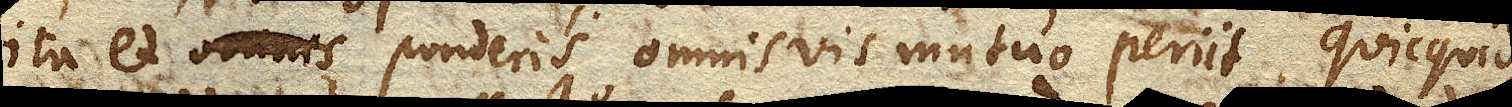
ita et ponderis omnis vis mutuo periit. Quicquid